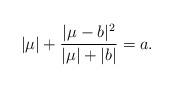
LaTeX: \begin{align*} |\mu| +\dfrac{|\mu-b|^2}{|\mu|+|b|} = a. \end{align*}